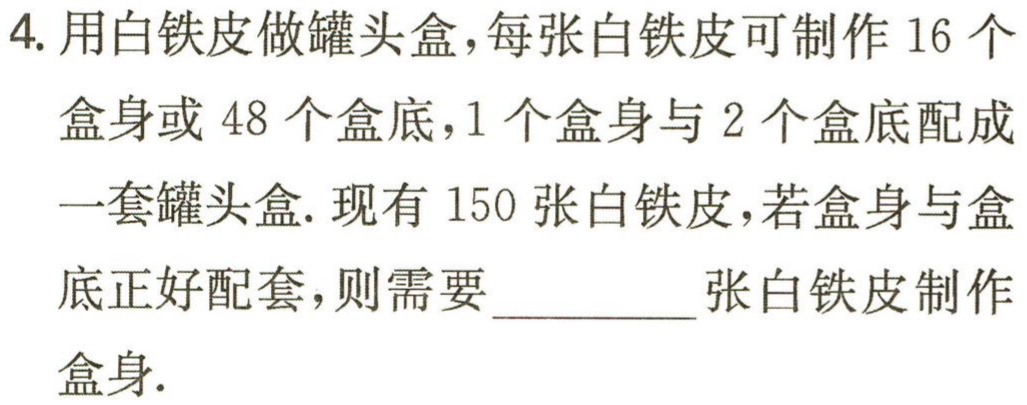
4. 用白铁皮做罐头盒，每张白铁皮可制作 16 个

盒身或 48 个盒底，1 个盒身与 2 个盒底配成

一套罐头盒. 现有 150 张白铁皮，若盒身与盒

底正好配套，则需要_________张白铁皮制作

盒身.